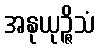
အနုယုဉ္ဇိသံ